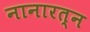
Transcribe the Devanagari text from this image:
नानारत्न